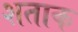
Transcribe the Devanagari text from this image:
शताक